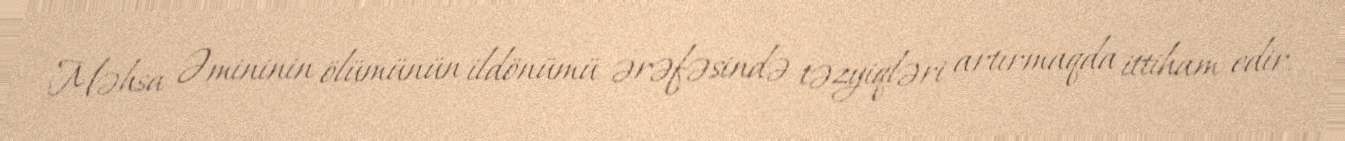
Məhsa Əmininin ölümünün ildönümü ərəfəsində təzyiqləri artırmaqda ittiham edir.